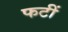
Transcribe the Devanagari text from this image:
फटीं